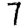
Digit: 7